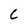
Character: c